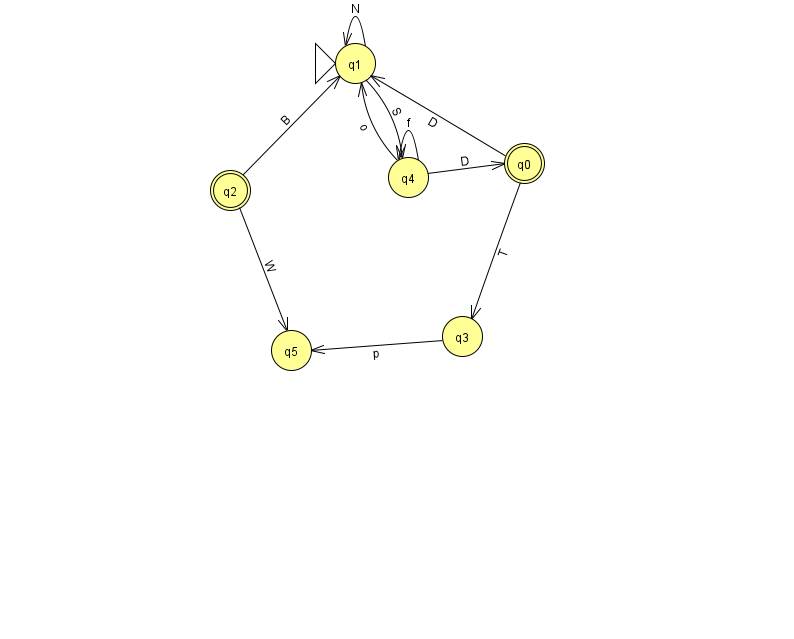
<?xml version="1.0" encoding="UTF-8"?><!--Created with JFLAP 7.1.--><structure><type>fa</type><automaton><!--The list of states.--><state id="0" name="q0"><x>524.0</x><y>150.0</y><final/></state><state id="1" name="q1"><x>355.0</x><y>50.0</y><initial/></state><state id="2" name="q2"><x>230.0</x><y>177.0</y><final/></state><state id="3" name="q3"><x>462.0</x><y>323.0</y></state><state id="4" name="q4"><x>408.0</x><y>164.0</y></state><state id="5" name="q5"><x>291.0</x><y>337.0</y></state><!--The list of transitions.--><transition><from>0</from><to>1</to><read>D</read></transition><transition><from>1</from><to>4</to><read>S</read></transition><transition><from>0</from><to>3</to><read>T</read></transition><transition><from>4</from><to>0</to><read>D</read></transition><transition><from>2</from><to>1</to><read>B</read></transition><transition><from>4</from><to>4</to><read>f</read></transition><transition><from>2</from><to>5</to><read>W</read></transition><transition><from>4</from><to>1</to><read>o</read></transition><transition><from>1</from><to>1</to><read>N</read></transition><transition><from>3</from><to>5</to><read>p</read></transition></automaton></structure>